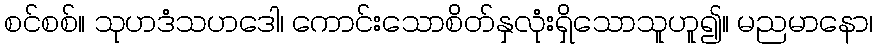
စင်စစ်။ သုဟဒံသဟဒေါ၊ ကောင်းသောစိတ်နှလုံးရှိသောသူဟူ၍။ မညမာနော၊